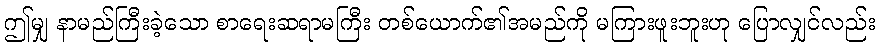
ဤမျှ နာမည်ကြီးခဲ့သော စာရေးဆရာမကြီး တစ်ယောက်၏အမည်ကို မကြားဖူးဘူးဟု ပြောလျှင်လည်း